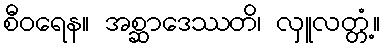
စီဝရေန။ အစ္ဆာဒေဿတိ၊ လှူလတ္တံ့။